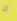
لا